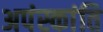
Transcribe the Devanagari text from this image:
अपंस्कांति